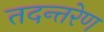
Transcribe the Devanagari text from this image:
तदन्तरेण